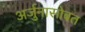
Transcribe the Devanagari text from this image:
अर्जुनासोबत